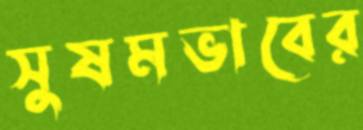
সুষমভাবের